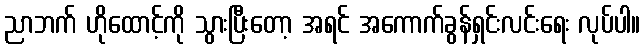
ညာဘက် ဟိုထောင့်ကို သွားပြီးတော့ အရင် အကောက်ခွန်ရှင်းလင်းရေး လုပ်ပါ။